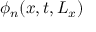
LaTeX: \phi _ { n } ( x , t , L _ { x } )